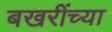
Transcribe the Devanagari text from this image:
बखरींच्या